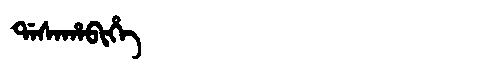
Manchu: ᡩᠠᠰᠠᡥᠠᠪᡳᡥᡝ
Romanization: DASAHABIHE